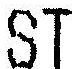
ST